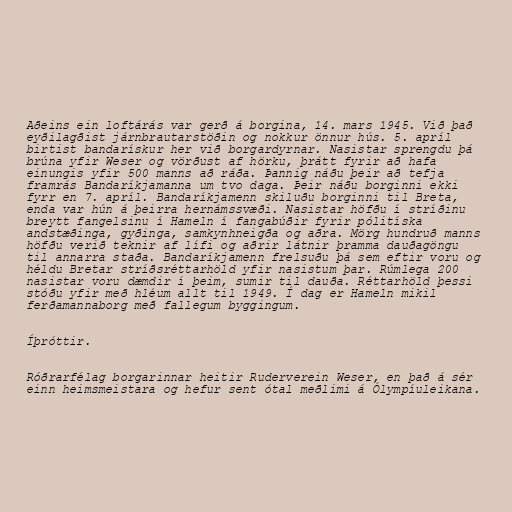
Aðeins ein loftárás var gerð á borgina, 14. mars 1945. Við það
eyðilagðist járnbrautarstöðin og nokkur önnur hús. 5. apríl
birtist bandarískur her við borgardyrnar. Nasistar sprengdu þá
brúna yfir Weser og vörðust af hörku, þrátt fyrir að hafa
einungis yfir 500 manns að ráða. Þannig náðu þeir að tefja
framrás Bandaríkjamanna um tvo daga. Þeir náðu borginni ekki
fyrr en 7. apríl. Bandaríkjamenn skiluðu borginni til Breta,
enda var hún á þeirra hernámssvæði. Nasistar höfðu í stríðinu
breytt fangelsinu í Hameln í fangabúðir fyrir pólitíska
andstæðinga, gyðinga, samkynhneigða og aðra. Mörg hundruð manns
höfðu verið teknir af lífi og aðrir látnir þramma dauðagöngu
til annarra staða. Bandaríkjamenn frelsuðu þá sem eftir voru og
héldu Bretar stríðsréttarhöld yfir nasistum þar. Rúmlega 200
nasistar voru dæmdir í þeim, sumir til dauða. Réttarhöld þessi
stóðu yfir með hléum allt til 1949. Í dag er Hameln mikil
ferðamannaborg með fallegum byggingum.

Íþróttir.

Róðrarfélag borgarinnar heitir Ruderverein Weser, en það á sér
einn heimsmeistara og hefur sent ótal meðlimi á Ólympíuleikana.